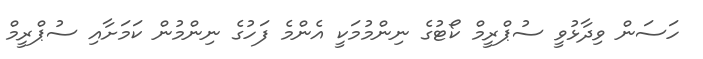
ހަސަން ވިދާޅުވީ ސުޕްރީމް ކޯޓުގެ ނިންމުމަކީ އެންމެ ފަހުގެ ނިންމުން ކަމަށާއި ސުޕްރީމް